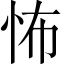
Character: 怖